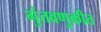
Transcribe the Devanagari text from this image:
गुंतवणुकीत